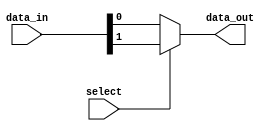
module mux_2to1 (
    input wire select,
    input wire [1:0] data_in,
    output reg data_out
);

always @ (select or data_in) begin
    if (select)
        data_out = data_in[1];
    else
        data_out = data_in[0];
end

endmodule